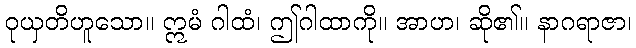
ဝုယှတိဟူသော။ ဣမံ ဂါထံ၊ ဤဂါထာကို။ အာဟ၊ ဆို၏။ နာဂရာဇာ၊